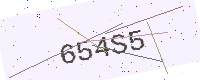
Text: 654S5